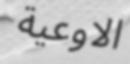
الاوعية